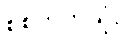
စစ်ဘက်သုံး